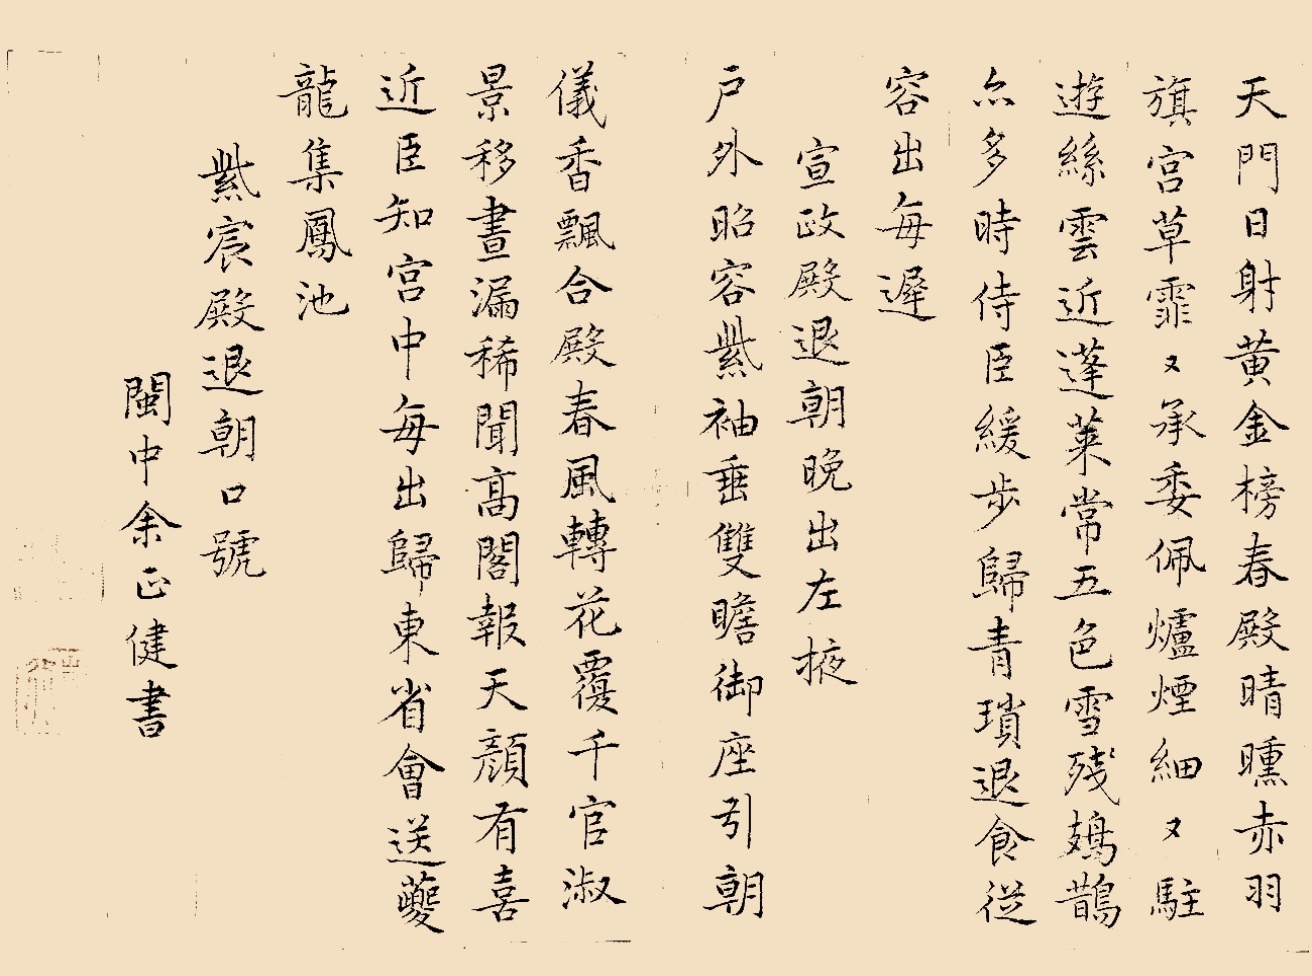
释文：天门日射黄金榜，春殿晴曛赤羽旗。宫草霏霏承委佩，炉烟细细驻游丝。云近蓬莱常五色，雪残𫛛鹊亦多时。侍臣缓步归青琐，退食从容出每迟。《宣政殿退朝晚出左掖》。户外昭容紫袖垂，双瞻御座引朝仪。香飘合殿春风转，花覆千官淑景移。昼漏希闻高阁报，天颜有喜近臣知。宫中每出归东省，会送夔龙集凤池。《紫宸殿退朝口号》。闽中余正健书。